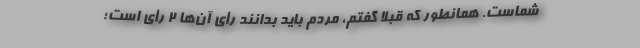
شماست. همانطور که قبلاً گفتم، مردم باید بدانند رأی آن‌ها ۲ رأی است؛